Lunatic asylums in Bengal annual reports 1912-1924 - 1912-1924
Year: 1912
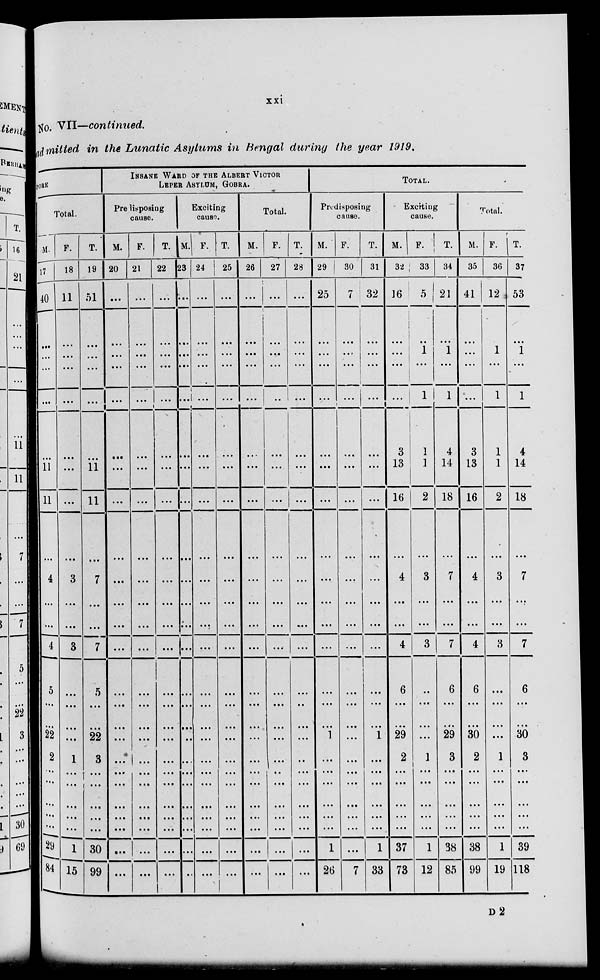
xxi
No. VII—continued.
admitted in the Lunatic Asylums in Bengal during the year 1919.
PORE
Total.
M
17
40
...
...
...
...
...
11
11
...
4
...
...
4
5
...
...
22
2
...
...
...
...
...
29
84
F.
18
11
...
...
...
...
...
...
...
...
3
...
...
3
...
...
...
...
1
...
...
...
...
...
1
15
T.
19
51
...
...
...
...
...
11
11
...
7
...
...
7
5
...
...
22
3
...
...
...
...
...
30
99
INSANE WARD OF THE ALBERT VICTOR
LEPER ASYLUM, GOBRA.
Pre disposing
cause.
M.
20
...
...
...
...
...
...
...
...
...
...
...
...
...
...
...
...
...
...
...
...
...
...
...
...
...
F.
21
...
...
...
...
...
...
...
...
...
...
...
...
...
...
...
...
...
...
...
...
...
...
...
...
...
T.
22
...
...
...
...
...
...
...
...
...
...
...
...
...
...
...
...
...
...
...
...
...
...
...
...
...
Exciting
cause.
M.
23
...
...
...
...
...
...
...
...
...
...
...
...
...
...
...
...
...
...
...
...
...
...
...
...
...
F.
24
...
...
...
...
...
...
...
...
...
...
...
...
...
...
...
...
...
...
...
...
...
...
...
...
...
T.
25
...
...
...
...
...
...
...
...
...
...
...
...
...
...
...
...
...
...
...
...
...
...
...
...
...
Total.
M.
26
...
...
...
...
...
...
...
...
...
...
...
...
...
...
...
...
...
...
...
...
...
...
...
...
...
F.
27
...
...
...
...
...
...
...
...
...
...
...
...
...
...
...
...
...
...
...
...
...
...
...
...
...
T.
28
...
...
...
...
...
...
...
...
...
...
...
...
...
...
...
...
...
...
...
...
...
...
...
...
...
TOTAL.
Predisposing
cause.
M.
29
25
...
...
...
...
...
...
...
...
...
...
...
...
...
...
...
1
...
...
...
...
...
...
1
26
F.
30
7
...
...
...
...
...
...
...
...
...
...
...
...
...
...
...
...
...
...
...
...
...
...
7
T.
31
32
...
...
...
...
...
...
...
...
...
...
...
...
...
...
...
1
...
...
...
...
...
...
1
33
Excrting
cause.
M.
32
16
...
...
...
...
3
13
16
...
4
...
...
4
6
...
...
29
2
...
...
...
...
...
37
73
F.
33
5
...
1
...
1
1
1
2
...
3
...
...
3
...
...
...
...
1
...
...
...
...
...
1
12
T.
34
21
...
1
...
1
4
14
18
...
7
...
...
7
6
...
...
29
3
...
...
...
...
...
38
85
Total.
M.
35
41
...
...
...
...
3
13
16
...
4
...
...
4
6
...
...
30
2
...
...
...
...
...
38
99
F.
36
12
...
1
...
1
1
1
2
...
3
...
...
3
...
...
...
...
1
...
...
...
...
...
1
19
T.
37
53
...
1
...
1
4
14
18
...
7
...
...
7
6
...
...
30
3
...
...
...
...
...
39
118
D2